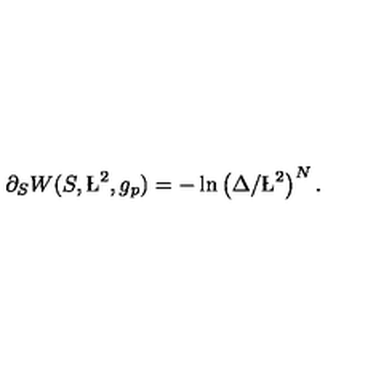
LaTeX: \partial _ { S } W ( S , \L ^ { 2 } , g _ { p } ) = - \ln \left( \Delta / \L ^ { 2 } \right) ^ { N } .